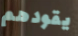
يقودهم